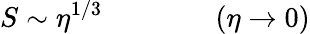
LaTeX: S\sim\eta^{1/3}\qquad\qquad(\eta\rightarrow 0)